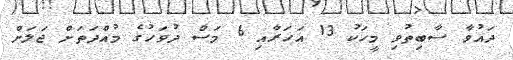
ދައުވާ ސާބިތުވި މީހަކު 13 އަހަރާއި 6 މަސް ދުވަހުގެ މުއްދަތަށް ޖަލަށް